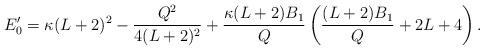
LaTeX: \begin{align*} E'_0 = \kappa(L+2)^2 - \frac{Q^2}{4(L+2)^2} + \frac{\kappa(L+2)B_1}{Q} \left(\frac{(L+2)B_1}{Q} + 2L +4 \right).\end{align*}